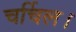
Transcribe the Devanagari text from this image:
चर्चिल।